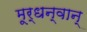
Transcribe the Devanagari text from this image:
मूर्धन्वान्‌